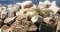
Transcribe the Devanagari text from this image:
उठून्